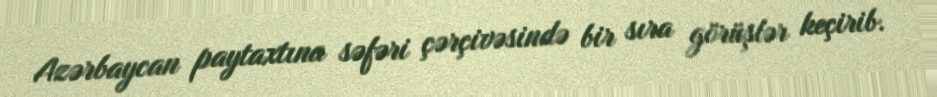
Azərbaycan paytaxtına səfəri çərçivəsində bir sıra görüşlər keçirib.